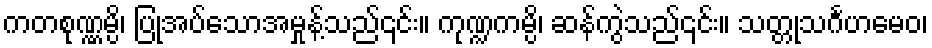
ကတစုဏ္ဏမ္ပိ၊ ပြုအပ်သောအမှုန့်သည်၎င်း။ ကုဏ္ဍကမ္ပိ၊ ဆန်ကွဲသည်၎င်း။ သတ္တုသင်္ဂဟမေဝ၊